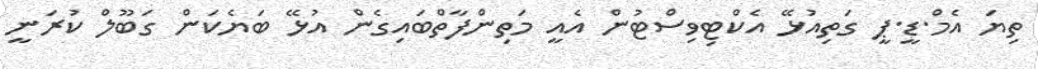
ތިޔަ އެމް.ޑީ.ޕީ ގަތިއުޅޭ އެކްޓިވިސްޓުން އެއީ މަތިންފާތްބައިގެން އުޅޭ ބަޔެކަން ގަބޫލް ކުރަނީ